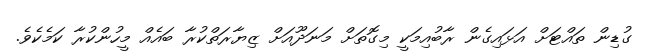
ގުޑިން ތައްޓަށް އަޅައިގެން ރާބުއިމަކީ މިގޮތަށް މަނަދޫއަށް ޒިޔާރަތްކުރާ ބައެއް މީހުންކުރާ ކަމެކެވެ.